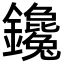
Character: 鑱